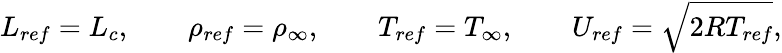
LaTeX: {L_{ref}}={L_{c}},{\qquad}{\rho_{ref}}={\rho_{\infty}},{\qquad}{T_{ref}}={T_{\infty}},{\qquad}{U_{ref}}=\sqrt{2R{T_{ref}}},